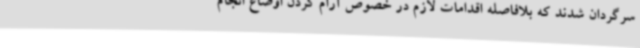
سرگردان شدند که بلافاصله اقدامات لازم در خصوص آرام کردن اوضاع انجام